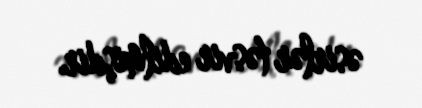
əsirlər təsvir edilmişdir.